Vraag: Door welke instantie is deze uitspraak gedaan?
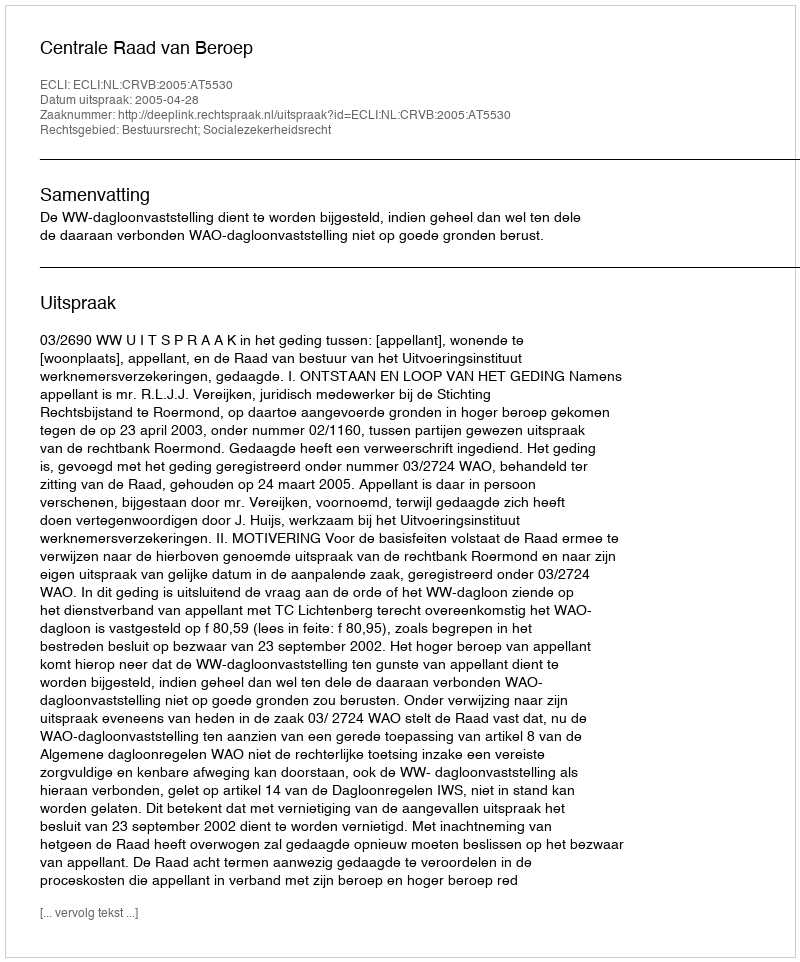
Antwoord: Centrale Raad van Beroep